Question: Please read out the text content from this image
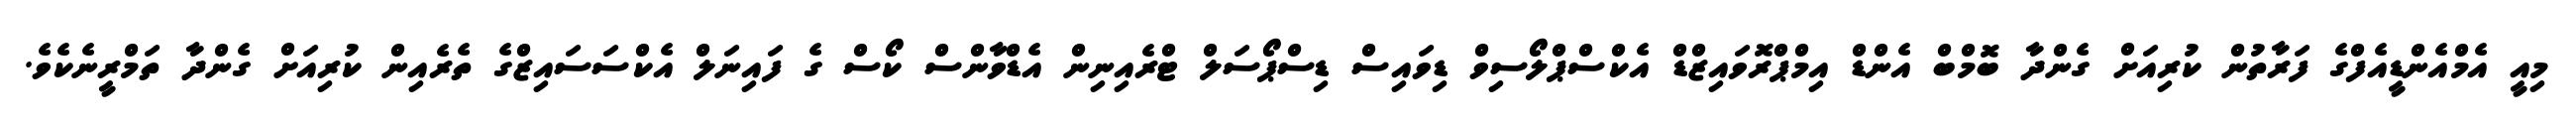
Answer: މިއީ އެމްއެންޑީއެފްގެ ފަރާތުން ކުރިއަށް ގެންދާ ބޮމްބް އެންޑް އިމްޕްރޮވައިޒްޑް އެކްސްޕްލޯސިވް ޑިވައިސް ޑިސްޕޯސަލް ޓްރެއިނިން އެޑްވާންސް ކޯސް ގެ ފައިނަލް އެކްސަސައިޒްގެ ތެރެއިން ކުރިއަށް ގެންދާ ތަމްރީނެކެވެ.